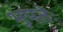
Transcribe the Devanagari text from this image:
भूपतेः